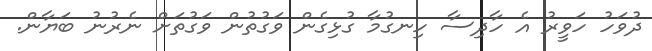
ދުވަހު ހަވީރު އެ ހާދިސާ ހިނގުމާ ގުޅިގެން ވަގުތުން ވަގުތަށް ނެރުނު ބަޔާން.